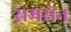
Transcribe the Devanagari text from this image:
रामसेन